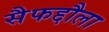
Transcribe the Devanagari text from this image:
सैफद्दौला